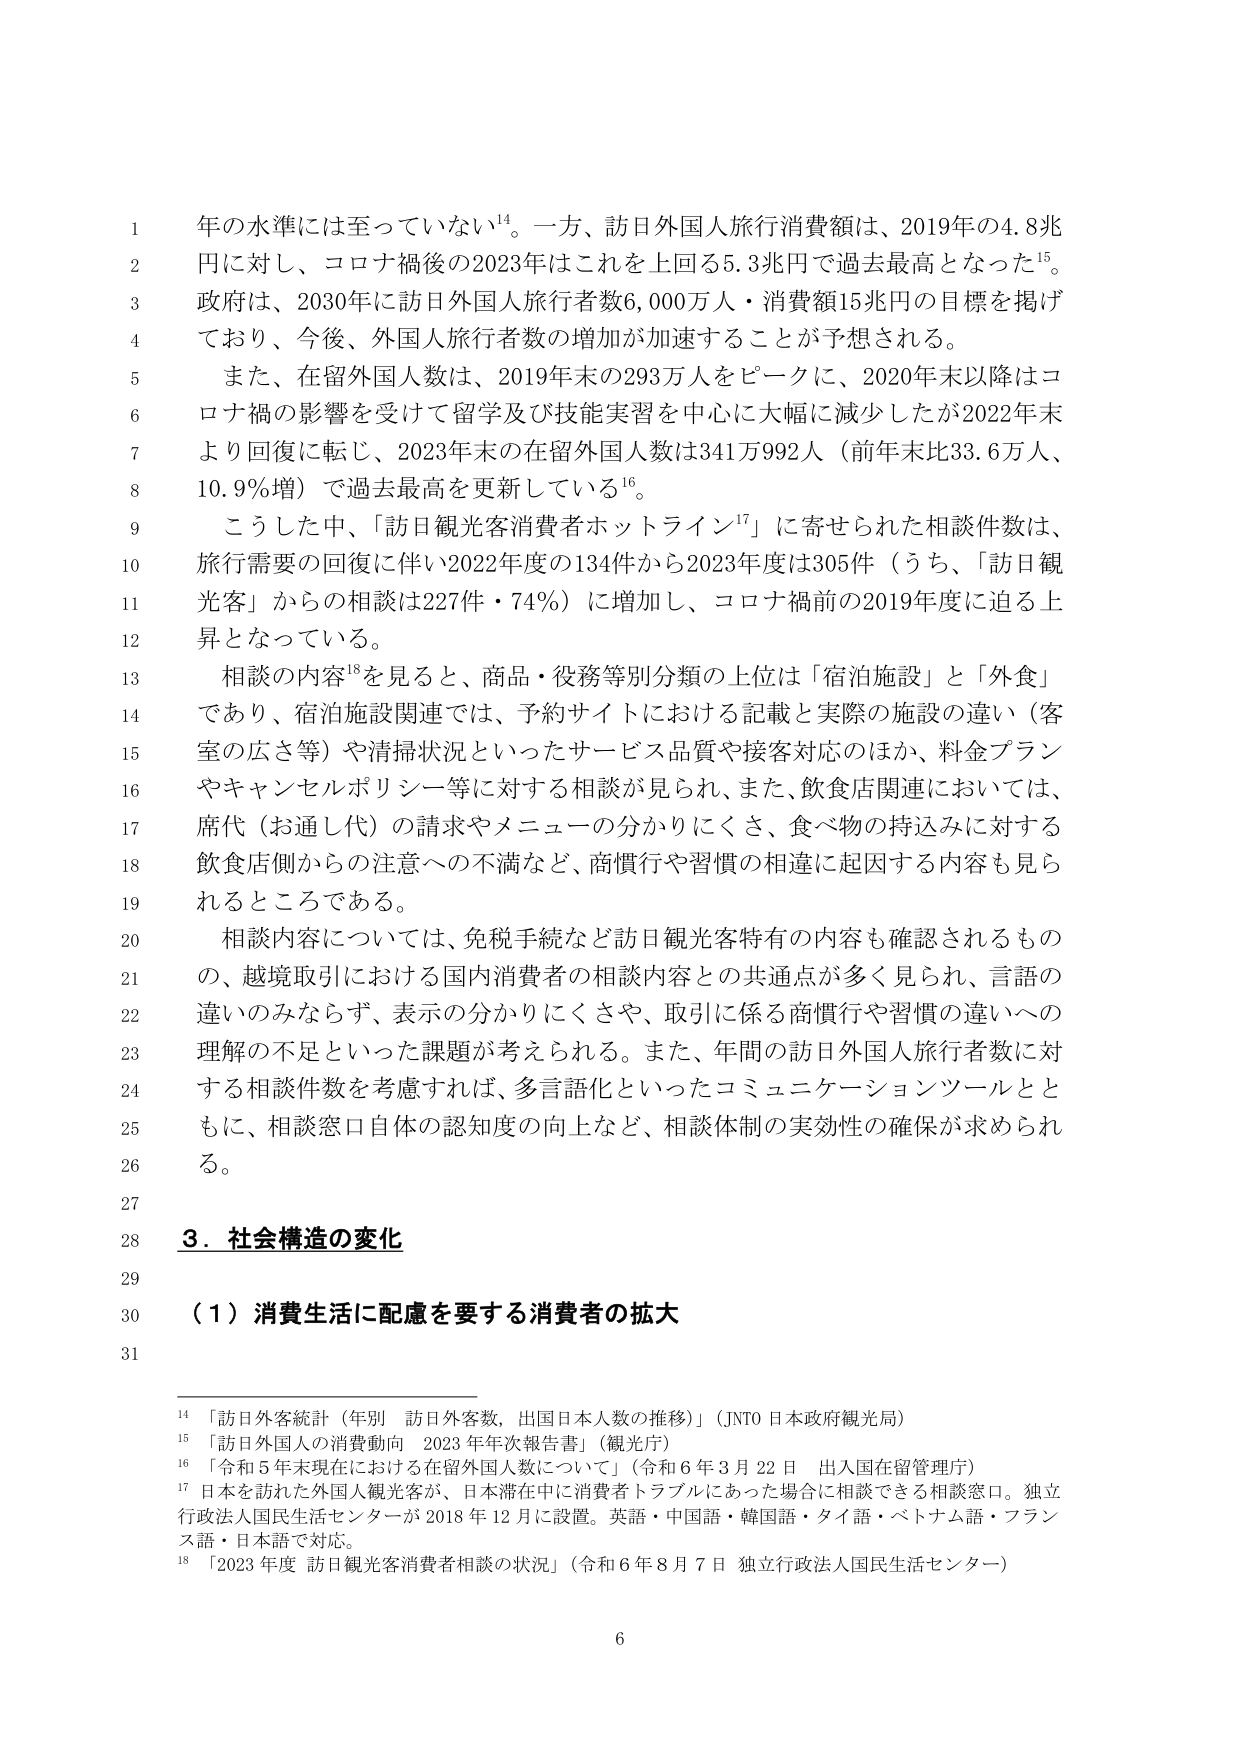
年の水準には至っていない¹⁴。一方、訪日外国人旅行消費額は、2019年の4.8兆円に対し、コロナ禍後の2023年はこれを上回る5.3兆円で過去最高となった¹⁵。政府は、2030年に訪日外国人旅行者数6,000万人・消費額15兆円の目標を掲げており、今後、外国人旅行者数の増加が加速することが予想される。

また、在留外国人数は、2019年末の293万人をピークに、2020年末以降はコロナ禍の影響を受けて留学及び技能実習を中心に大幅に減少したが2022年末より回復に転じ、2023年末の在留外国人数は341万992人（前年末比33.6万人、10.9％増）で過去最高を更新している¹⁶。

こうした中、「訪日観光客消費者ホットライン¹⁷」に寄せられた相談件数は、旅行需要の回復に伴い2022年度の134件から2023年度は305件（うち、「訪日観光客」からの相談は227件・74％）に増加し、コロナ禍前の2019年度に迫る上昇となっている。

相談の内容¹⁸を見ると、商品・役務等別分類の上位は「宿泊施設」と「外食」であり、宿泊施設関連では、予約サイトにおける記載と実際の施設の違い（客室の広さ等）や清掃状況といったサービス品質や接客対応のほか、料金プランやキャンセルポリシー等に対する相談が見られ、また、飲食店関連においては、席代（お通し代）の請求やメニューの分かりにくさ、食べ物の持込みに対する飲食店側からの注意への不満など、商慣行や習慣の相違に起因する内容も見られるところである。

相談内容については、免税手続など訪日観光客特有の内容も確認されるものの、越境取引における国内消費者の相談内容との共通点が多く見られ、言語の違いのみならず、表示の分かりにくさや、取引に係る商慣行や習慣の違いへの理解の不足といった課題が考えられる。また、年間の訪日外国人旅行者数に対する相談件数を考慮すれば、多言語化といったコミュニケーションツールとともに、相談窓口自体の認知度の向上など、相談体制の実効性の確保が求められる。

3．社会構造の変化

（1）消費生活に配慮を要する消費者の拡大

¹⁴「訪日外客統計（年別 訪日外客数、出国日本人数の推移）」（JNTO 日本政府観光局）
¹⁵「訪日外国人の消費動向 2023年年次報告書」（観光庁）
¹⁶「令和5年末現在における在留外国人数について」（令和6年3月22日 出入国在留管理庁）
¹⁷日本を訪れた外国人観光客が、日本滞在中に消費者トラブルにあった場合に相談できる相談窓口。独立行政法人国民生活センターが2018年12月に設置。英語・中国語・韓国語・タイ語・ベトナム語・フランス語・日本語で対応。
¹⁸「2023年度 訪日観光客消費者相談の状況」（令和6年8月7日 独立行政法人国民生活センター）

6